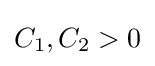
C_{1},C_{2}>0